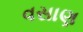
વસાણ